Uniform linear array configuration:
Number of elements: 16
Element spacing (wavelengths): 1
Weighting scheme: binomial
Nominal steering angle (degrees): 0
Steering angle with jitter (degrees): -0.2914
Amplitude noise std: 0.05
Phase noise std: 0.05

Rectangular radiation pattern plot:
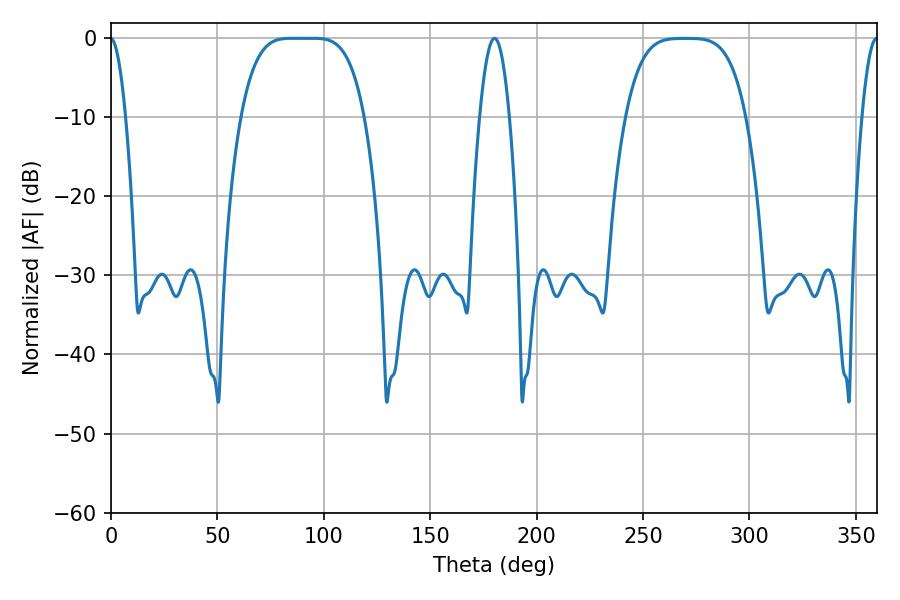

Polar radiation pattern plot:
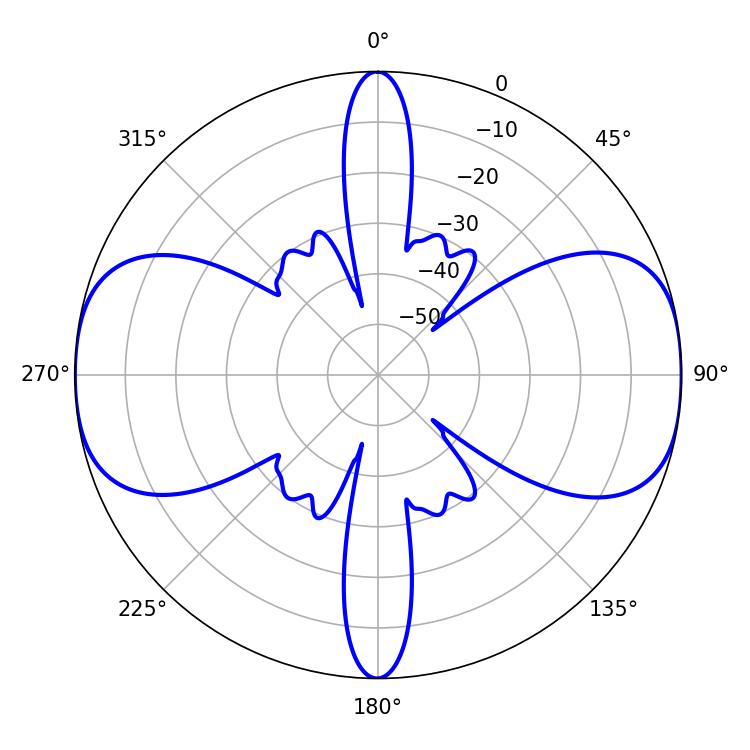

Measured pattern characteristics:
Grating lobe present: TRUE
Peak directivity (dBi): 17.002
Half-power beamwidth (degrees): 43.56
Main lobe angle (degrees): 84.96